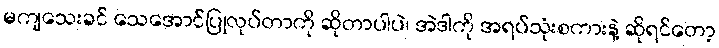
မကျသေးခင် သေအောင်ပြုလုပ်တာကို ဆိုတာပါပဲ၊ အဲဒါကို အရပ်သုံးစကားနဲ့ ဆိုရင်တော့